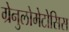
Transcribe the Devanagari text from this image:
ग्रेनुलोमेटोसिस